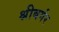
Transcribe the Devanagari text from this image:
श्नीबर्गर